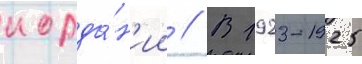
иорда́н'ии // В 1923-1925